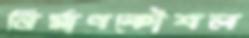
নির্মাণকৌশল